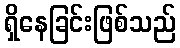
ရှိနေခြင်းဖြစ်သည်